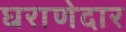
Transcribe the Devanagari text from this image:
घराणेदार